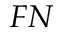
F N